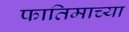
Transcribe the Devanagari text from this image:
फातिमाच्या